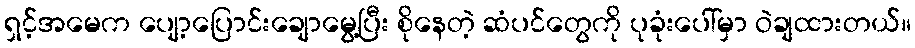
ရှင့်အမေက ပျော့ပြောင်းချောမွေ့ပြီး စိုနေတဲ့ ဆံပင်တွေကို ပုခုံးပေါ်မှာ ဝဲချထားတယ်။